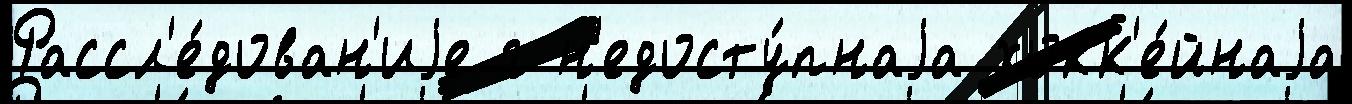
Рассл'е́дован'иjе г н'едосту́пнаjа хокк'е́йнаjа